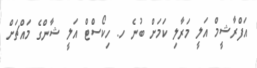
އަފްރާޝީމް އަލީ މަރާލި ކަމަށް ބުނެ ހ. ހިކޯސްޓް އަލީ ޝާންގެ މައްޗަށް